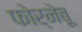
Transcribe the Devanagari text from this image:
फोर्नेबू